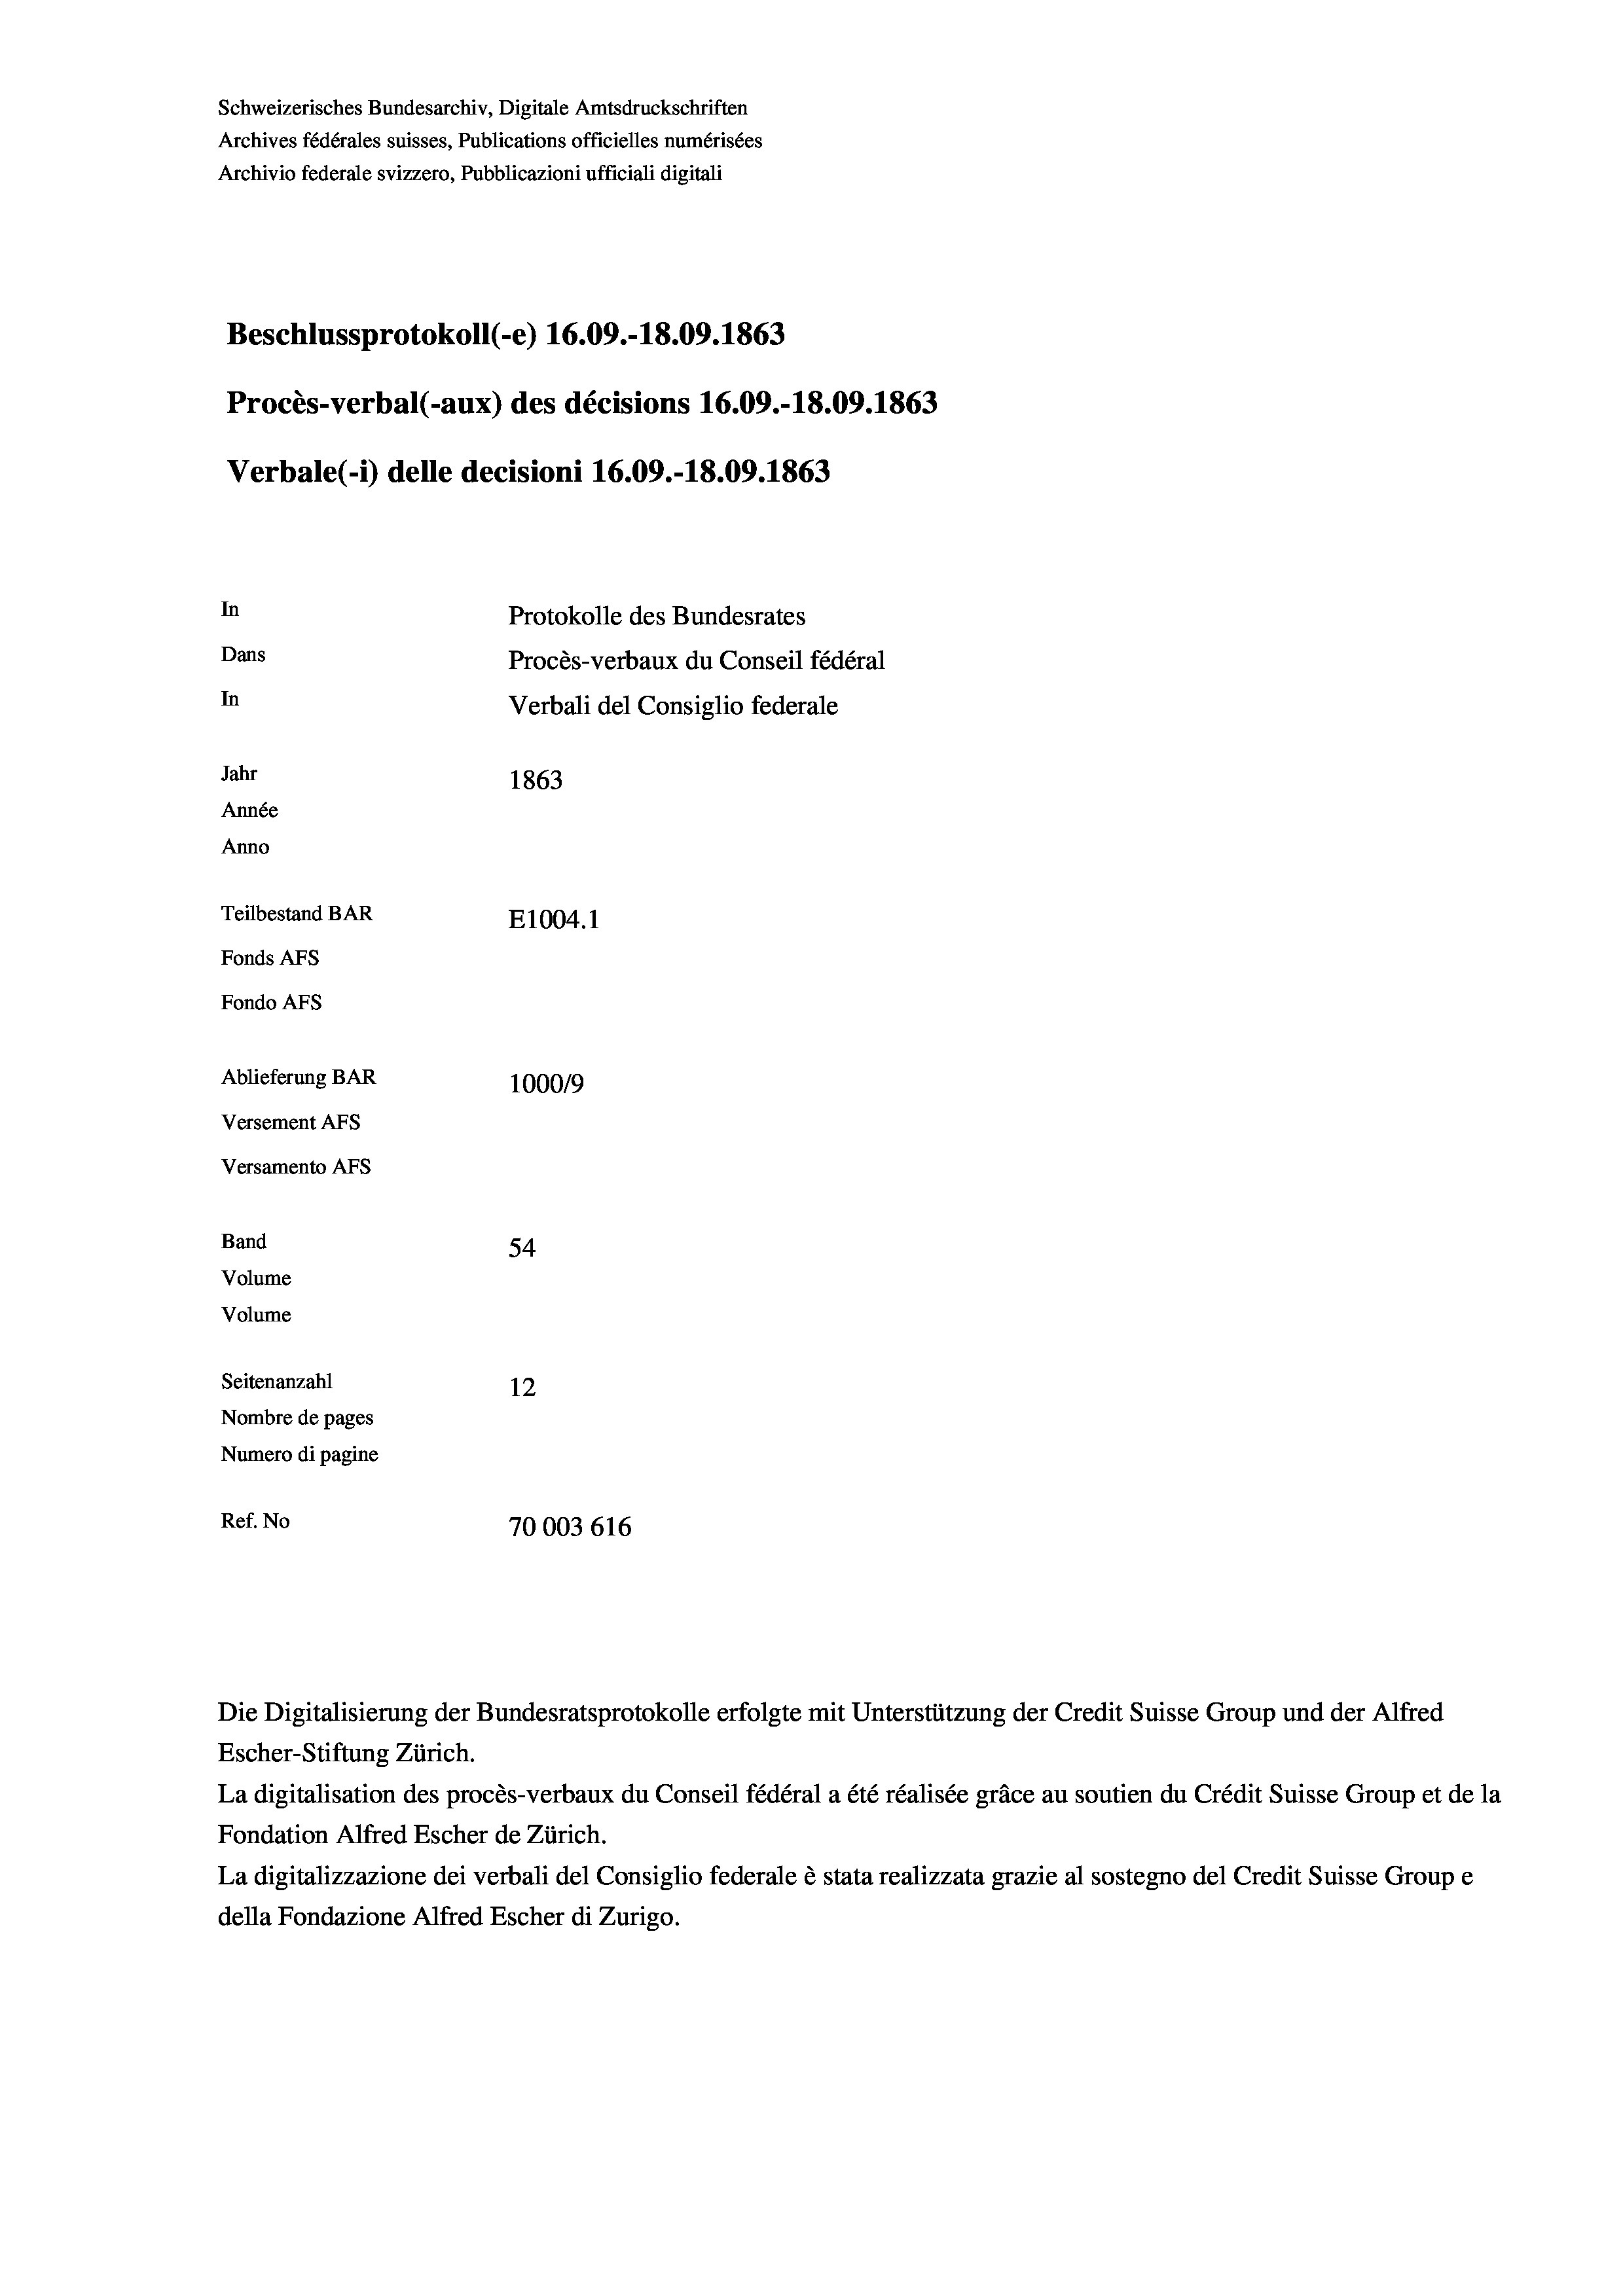
Schweizerisches Bundesarchiv, Digitale Amtsdruckschriften
Archives fédérales suisses, Publications officielles numérisées
Archivio federale svizzero, Pubblicazioni ufficiali digitali
Beschlussprotokoll (-e) 16.09.-18.09. 1863
Procès-verbal (-aux) des décisions 16.09.-18.09. 1863
Verbale(-*) delle decisioni 16.09.-18.09. 1863
In
Protokolle des Bundesrates
Dans
Procès-verbaux du Conseil fédéral
In
Verbali del Consiglio federale
Jahr
1863
Année
Anno
Teilbestand BAR
E1004. 1
Fonds AFs
Fondo AFS
Ablieferung BAR
100019
Versement AFs
Versamento AFs
Band
54
Volume
Volume

Seitenanzahl
12
Nombre de pages
Numero di pagine
Ref. No
70003616

Escher-Stiftung Zürich.
La digitalisation des procès-verbaux du Conseil fédéral a été réalisée gräce au soutien du Crédit Suisse Group et de la
Fondation Alfred Escher de Zürich.
La digitalizzazione dei verbali del Consiglio federale è stata realizzata grazie al sostegno del Credit Suisse Groupe
della Fondazione Alfred Escher di Zurigo.

Die Digitalisierung der Bundesratsprotokolle erfolgte mit Unterstützung der Credit Suisse Group und der Alfred